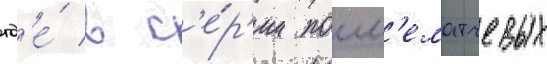
гд'е́ в с'е́р'ии посл'ематчевых